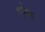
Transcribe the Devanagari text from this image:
रनेह